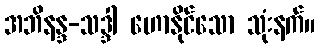
အဘိနန္ဒ-သဒ္ဒါ ဟောနိုင်သော သုံးနက်။